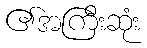
၏အကြီးဆုံး